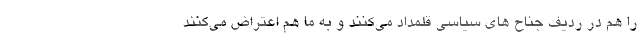
را هم در ردیف جناح های سیاسی قلمداد می‌کنند و به ما هم اعتراض می‌کنند